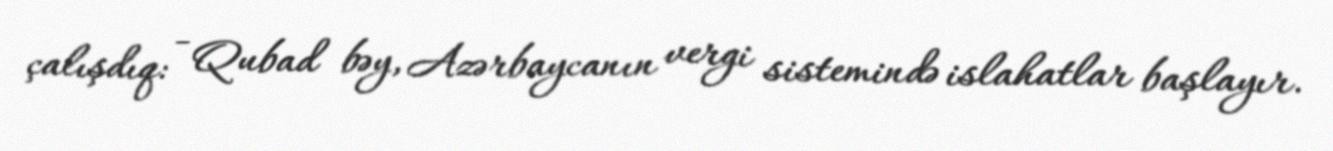
çalışdıq: - Qubad bəy, Azərbaycanın vergi sistemində islahatlar başlayır.